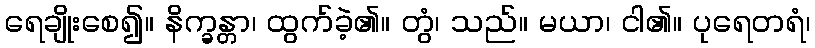
ရေချိုးစေ၍။ နိက္ခန္တာ၊ ထွက်ခဲ့၏။ တွံ၊ သည်။ မယာ၊ ငါ၏။ ပုရေတရံ၊